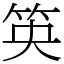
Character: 䇦